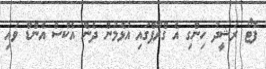
ފޮޓޯ ރަޝީދު ހިންގި އެ ގްރޫޕްގައި އުޅެމުން ދެން އެކްސް އެންޑް ވައި